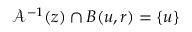
\mathcal { A } ^ { - 1 } ( z ) \cap B ( u , r ) = \{ u \}